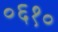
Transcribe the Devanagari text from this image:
०६१०